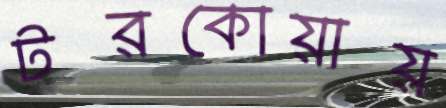
টরকোয়ায়